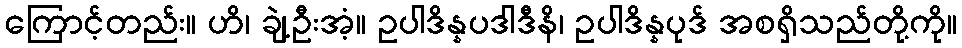
ကြောင့်တည်း။ ဟိ၊ ချဲ့ဦးအံ့။ ဥပါဒိန္နပဒါဒီနိ၊ ဥပါဒိန္နပုဒ် အစရှိသည်တို့ကို။